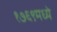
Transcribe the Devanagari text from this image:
१७६९मध्ये